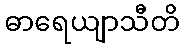
ဓာရေယျာသီတိ